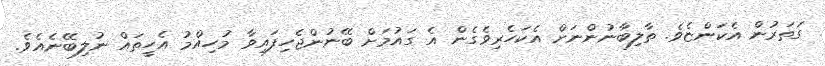
ގަތަރުން އެކަންޏެވެ. ތާލިބާނުންނަށް އެކަހެރިވެގެން އެ ގައުމަށް ބޭނުންޖެހިފައިވާ މުހިއްމު އެހީތައް ނުލިބޭނެއެވެ.